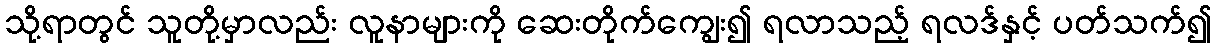
သို့ရာတွင် သူတို့မှာလည်း လူနာများကို ဆေးတိုက်ကျွေး၍ ရလာသည့် ရလဒ်နှင့် ပတ်သက်၍